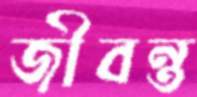
জীবন্ত